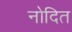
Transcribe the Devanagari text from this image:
नोदित